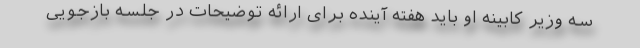
سه وزیر کابینه او باید هفته آینده برای ارائه توضیحات در جلسه بازجویی